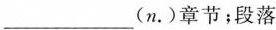
___(n.)章节；段落